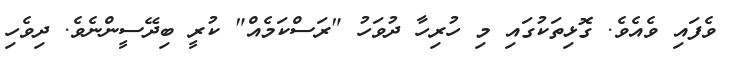
ވެފައި ވެއެވެ. ގޮޅިތަކުގައި މި ހުރިހާ ދުވަހު "ރަސްކަމެއް" ކުރީ ބިދޭސީންނެވެ. ދިވެހި